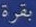
بقرة